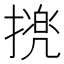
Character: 𢴜